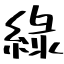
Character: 綠